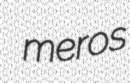
meros